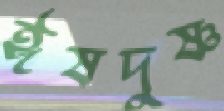
ঈষদুষ্ণ